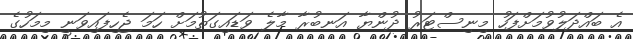
އެ ބައްދަލުވުމަށްފަހު މިނިސްޓަރު ދުންޔާ އަނބުރާ މާލެ ވަޑައިގަތުމަށް ހަމަ ޖެހިފައިވަނީ މިމަހުގެ